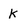
Character: k